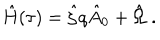
LaTeX: \hat { H } ( \tau ) = \hat { \zeta } q \hat { A } _ { 0 } + \hat { \Omega } \; .